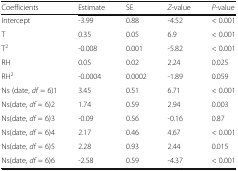
| Coefficients | Estimate | SE | Z-value | P-value |
 | --- | --- | --- | --- | --- |
 | Intercept | -3.99 | 0.88 | -4.52 | < 0.001 |
 | T | 0.35 | 0.05 | 6.9 | < 0.001 |
 | T2 | -0.008 | 0.001 | -5.82 | < 0.001 |
 | RH | 0.05 | 0.02 | 2.24 | 0.025 |
 | RH2 | -0.0004 | 0.0002 | -1.89 | 0.059 |
 | Ns (date, df = 6)1 | 3.45 | 0.51 | 6.71 | < 0.001 |
 | Ns(date, df = 6)2 | 1.74 | 0.59 | 2.94 | 0.003 |
 | Ns(date, df = 6)3 | -0.09 | 0.56 | -0.16 | 0.87 |
 | Ns(date, df = 6)4 | 2.17 | 0.46 | 4.67 | < 0.001 |
 | Ns(date, df = 6)5 | 2.28 | 0.93 | 2.44 | 0.015 |
 | Ns(date, df = 6)6 | -2.58 | 0.59 | -4.37 | < 0.001 |